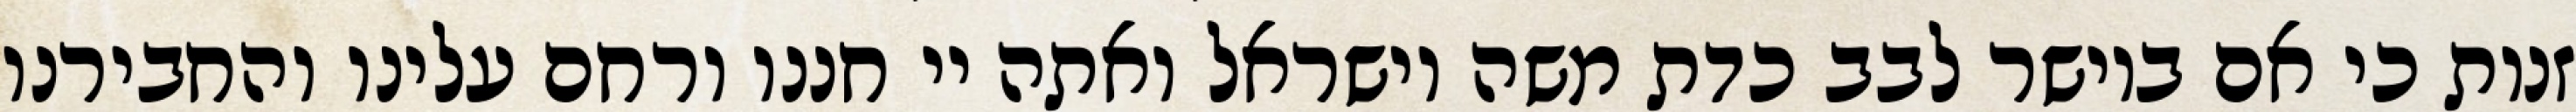
זנות כי אם ביושר לבב כדת משה וישראל ואתה יי חננו ורחם עלינו והחבירנו